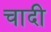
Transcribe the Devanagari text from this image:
चादी